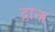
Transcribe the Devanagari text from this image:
द्राना